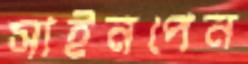
সাইনপেন